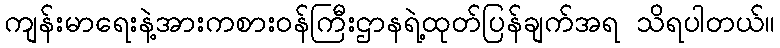
ကျန်းမာရေးနဲ့အားကစားဝန်ကြီးဌာနရဲ့ထုတ်ပြန်ချက်အရ သိရပါတယ်။